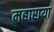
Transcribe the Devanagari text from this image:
महाराया